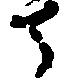
士